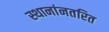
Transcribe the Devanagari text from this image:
स्थानांनतरित